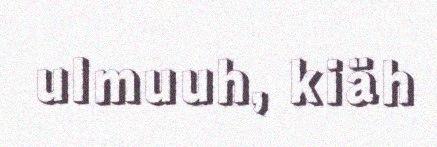
ulmuuh, kiäh